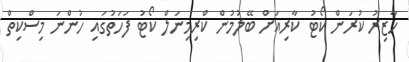
ހާޒިރު ކުރަން ކޯޓު ކާރިއަށް ބޭލުމުން ކްރިމިނަލް ކޯޓު ފަހަތުގައި ހުންނަ މިސްކިތް